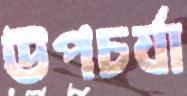
উপচর্যা